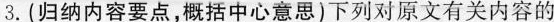
3.(归纳内容要点，概括中心意思)下列对原文有关内容的